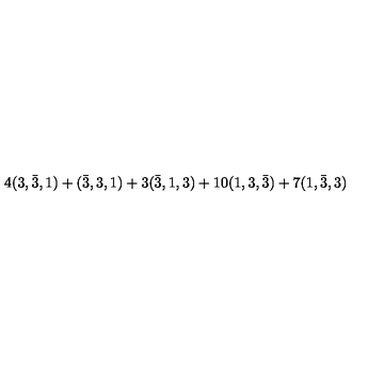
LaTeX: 4 ( 3 , \bar { 3 } , 1 ) + ( \bar { 3 } , 3 , 1 ) + 3 ( \bar { 3 } , 1 , 3 ) + 1 0 ( 1 , 3 , \bar { 3 } ) + 7 ( 1 , \bar { 3 } , 3 )